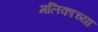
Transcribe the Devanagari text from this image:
मलिकाच्या